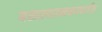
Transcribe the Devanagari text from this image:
बसस्थानकापर्यंत